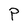
Character: P